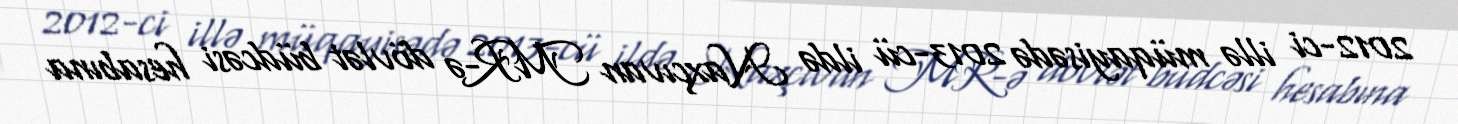
2012-ci illə müqayisədə 2013-cü ildə Naxçıvan MR-ə dövlət büdcəsi hesabına